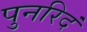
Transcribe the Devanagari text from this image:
पुनरिदं